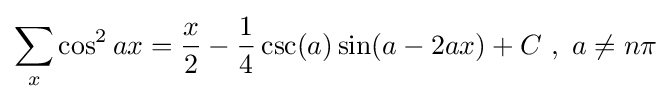
\sum _{x}\cos ^{2}ax={\frac {x}{2}}-{\frac {1}{4}}\csc(a)\sin(a-2ax)+C\,\,,\,\,a\neq n\pi